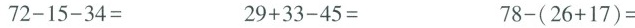
$$7 2 - 1 5 - 3 4 =$$ $$2 9 + 3 3 - 4 5 =$$ $$7 8 - ( 2 6 + 1 7 ) =$$